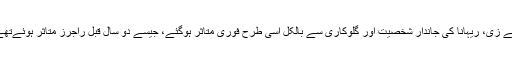
جے زی، ریہانا کی جاندار شخصیت اور گلوکاری سے بالکل اسی طرح فوری متاثر ہوگئے، جیسے دو سال قبل راجرز متاثر ہوئےتھے۔